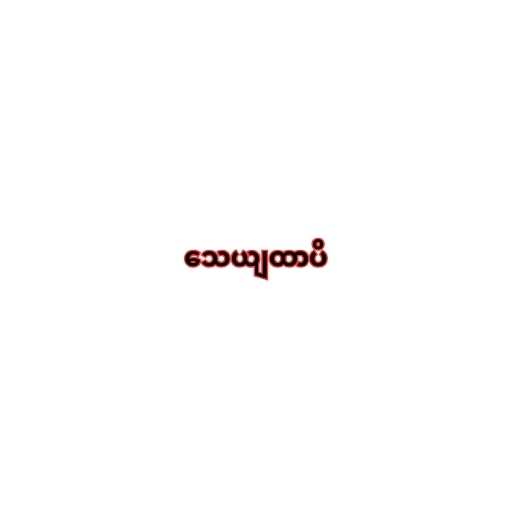
သေယျထာပိ